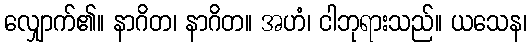
လျှောက်၏။ နာဂိတ၊ နာဂိတ။ အဟံ၊ ငါဘုရားသည်။ ယသေန၊